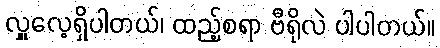
လှူလေ့ရှိပါတယ်၊ ထည့်စရာ ဗီရိုလဲ ပါပါတယ်။